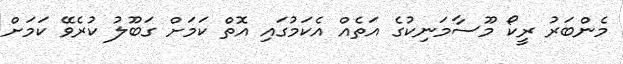
މެންބަރު ރީކޯ މޫސާމަނިކުގެ އަތެއް އެކަމުގައި އޮތް ކަމަށް ގަބޫލު ކުރެވޭ ކަމަށް